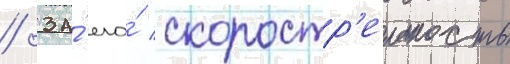
/ за́ его́ скоростр'ельность